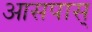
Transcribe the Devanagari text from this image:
आसपास्